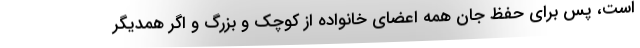
است، پس برای حفظ جان همه اعضای خانواده از کوچک و بزرگ و اگر همدیگر